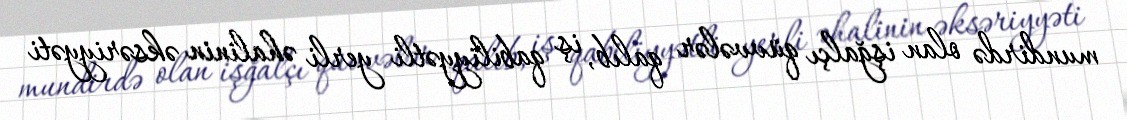
mundirdə olan işğalçı qüvvələr qalıb, iş qabiliyyətli yerli əhalinin əksəriyyəti